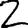
Digit: 2